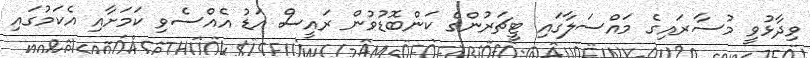
ވިދާޅުވީ މުސާރައިގެ މައްސަލާގައި ޓީޗަރުންގެ ކަންބޮޑުވުން ރައީސް އަޑު އެއްސެވި ކަމަށާއި އެކަމުގައި